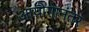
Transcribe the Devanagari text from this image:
आयोगानंतर